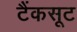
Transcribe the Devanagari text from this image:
टैंकसूट